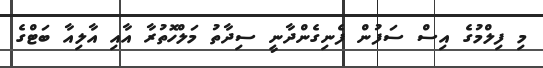
މި ފިލްމުގެ އިސް ސަފުން ފެނިގެންދާނީ ސިދާތު މަލްހޮތުރާ އާއި އާލިއާ ބަޓްގެ